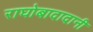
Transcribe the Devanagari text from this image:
राघोबादादानी